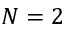
N = 2